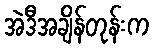
အဲဒီအချိန်တုန်းက